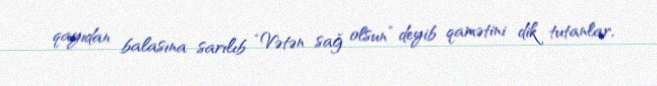
qayıdan balasına sarılıb “Vətən sağ olsun” deyib qamətini dik tutanlar,